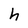
Character: h